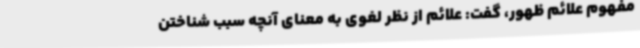
مفهوم علائم ظهور، گفت: علائم از نظر لغوی به معنای آنچه سبب شناختن